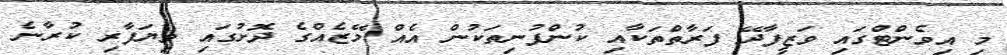
މި އިވެންޓްގައި ވަޒީފާދޭ ފަރާތްތަކާއި ކުންފުނިތަކުން އެއް މޭޒެއްގެ ދޮށުގައި ވިޔަފާރި ކުރާނެ